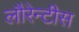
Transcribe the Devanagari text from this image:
लौरेन्टीस